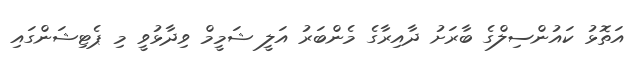
އަތޮޅު ކައުންސިލްގެ ބާރަށު ދާއިރާގެ މެންބަރު އަލީ ޝަމީމް ވިދާޅުވީ މި ޕެޓިޝަންގައި